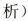
析)